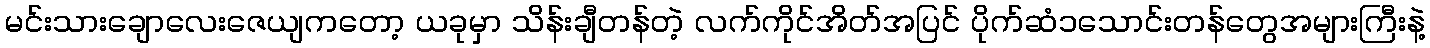
မင်းသားချောလေးဇေယျကတော့ ယခုမှာ သိန်းချီတန်တဲ့ လက်ကိုင်အိတ်အပြင် ပိုက်ဆံ၁သောင်းတန်တွေအများကြီးနဲ့